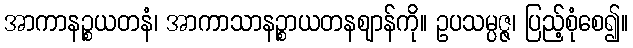
အာကာနဉ္စယတနံ၊ အာကာသာနဉ္စာယတနဈာန်ကို။ ဥပသမ္ပဇ္ဇ၊ ပြည့်စုံစေ၍။